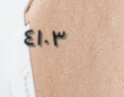
٤١٠٣